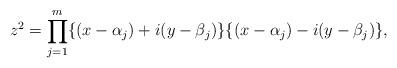
LaTeX: \begin{align*}z^2= \prod_{j=1}^{m}\{(x-\alpha_j)+i(y-\beta_j)\}\{(x-\alpha_j)-i(y-\beta_j)\},\end{align*}